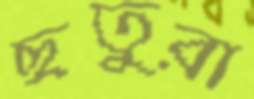
ছতুরা